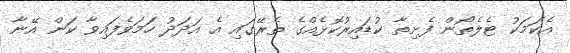
އެކަމަކު ޓެލެތޯން ފެށިތާ ކުޑައިރުކޮޅެއްގެ ތެރޭގައި އެ އަދަދު ހަމަވެފައިވާ ކަން އޭނާ